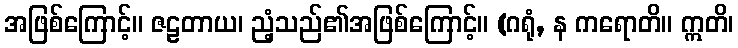
အဖြစ်ကြောင့်။ ဇဠတာယ၊ ညံ့သည်၏အဖြစ်ကြောင့်။ (ဂရုံ, န ကရောတိ။ ဣတိ၊